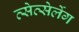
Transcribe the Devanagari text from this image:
त्सेत्सेर्लेग